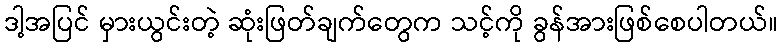
ဒါ့အပြင် မှားယွင်းတဲ့ ဆုံးဖြတ်ချက်တွေက သင့်ကို ခွန်အားဖြစ်စေပါတယ်။